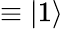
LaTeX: \equiv|1\rangle